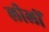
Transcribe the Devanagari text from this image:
लीलीं